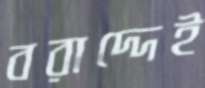
বরাদ্দেই